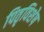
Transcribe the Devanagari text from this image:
पितृविशेष